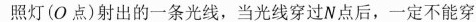
照灯（O点）射出的一条光线，当光线穿过N点后，一定不能穿